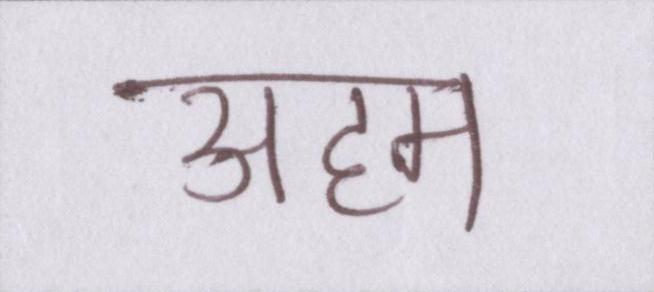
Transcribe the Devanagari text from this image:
अहम